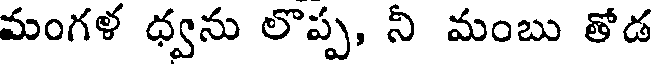
మంగళ ధ్వను లొప్ప, నీ మంబు తోడ